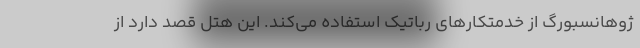
ژوهانسبورگ از خدمتکارهای رباتیک استفاده می‌کند. این هتل قصد دارد از